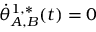
\dot { \theta } _ { A , B } ^ { 1 , * } ( t ) = 0